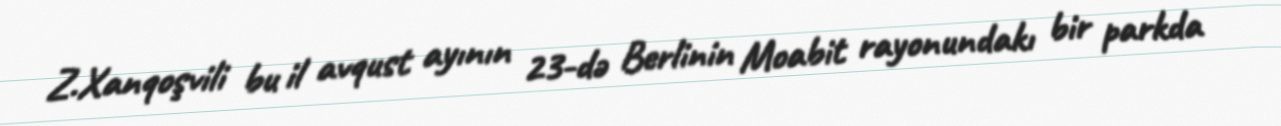
Z.Xanqoşvili bu il avqust ayının 23-də Berlinin Moabit rayonundakı bir parkda